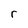
Character: r